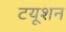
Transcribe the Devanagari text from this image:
टयूशन